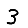
Digit: 3